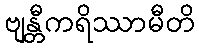
ဗျန္တီကရိဿာမီတိ